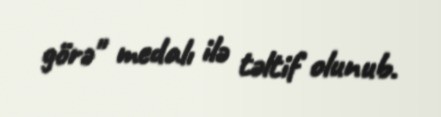
görə" medalı ilə təltif olunub.